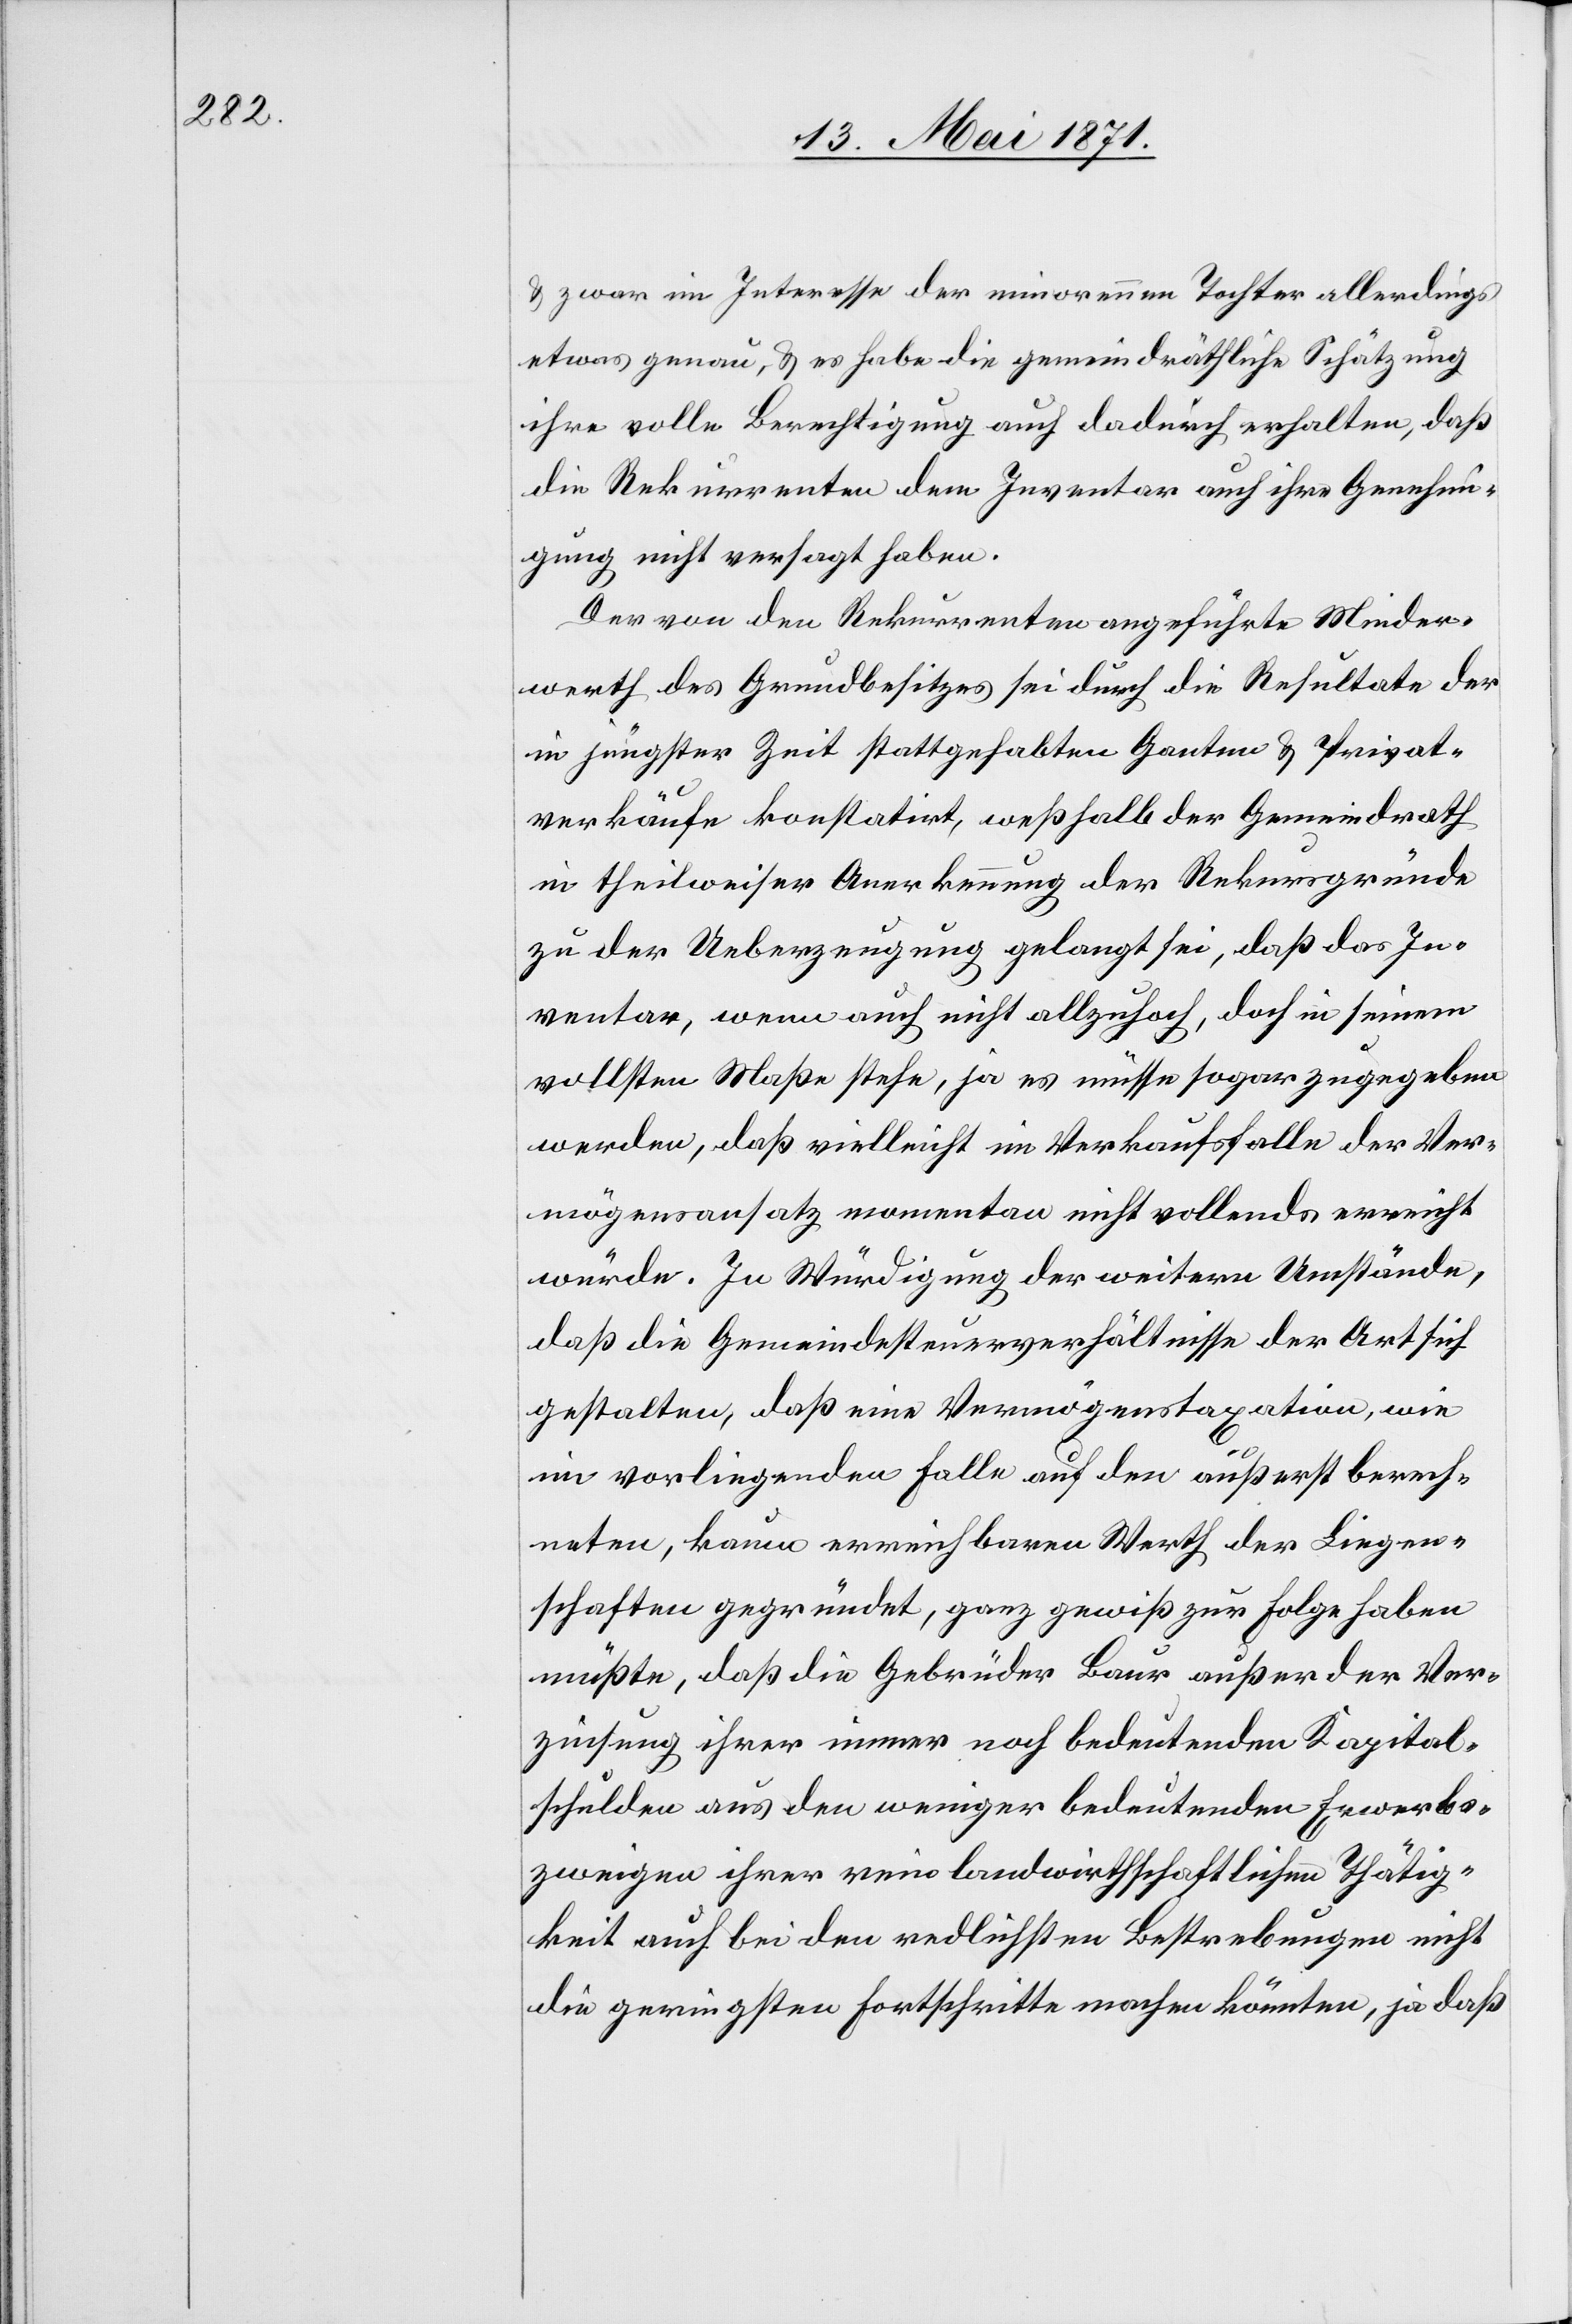
u. zwar im Interesse der minorennen Tochter allerdings
etwas genau, u. es habe die gemeindräthliche Schätzung
ihre volle Berechtigung auch dadurch erhalten, daß
die Rekurrenten dem Inventar auch ihre Genehmi¬
gung nicht versagt haben.
Der von den Rekurrenten angeführte Minder¬
werth des Grundbesitzes sei durch die Resultate der
in jüngster Zeit stattgehabten Ganten u. Privat¬
verkäufe konstatirt, weßhalb der Gemeindrath
in theilweiser Anerkennung der Rekursgründe
zu der Ueberzeugung gelangt sei, daß das In¬
ventar, wenn auch nicht allzuhoch, doch in seinem
vollsten Maße stehe, ja es müsse sogar zugegeben
werden, daß vielleicht im Verkaufsfalle der Ver¬
mögensansatz momentan nicht vollends erreicht
würde. In Würdigung der weitern Umstände,
daß die Gemeindesteuerverhältnisse der Art sich
gestalten, daß eine Vermögenstaxation, wie
im vorliegenden Falle auf den äußerst berech¬
neten, kaum erreichbaren Werth der Liegen¬
schaften gegründet, ganz gewiß zur Folge haben
müßte, daß die Gebrüder Baur außer der Ver¬
zinsung ihrer immer noch bedeutenden Kapital¬
schulden aus den wenigen bedeutenden Erwerbs¬
zweigen ihrer rein landwirthschaftlichen Thätig¬
keit auch bei den redlichsten Bestrebungen nicht
die geringsten Fortschritte machen könnten, ja daß